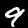
Label: 9